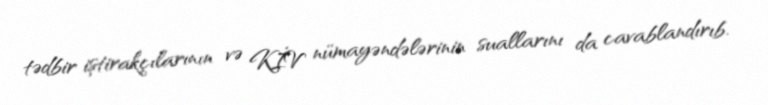
tədbir iştirakçılarının və KİV nümayəndələrinin suallarını da cavablandırıb.